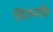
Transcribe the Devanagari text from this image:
चिंतमणि